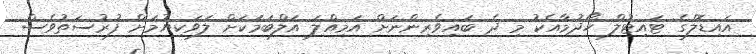
އައިޑޮލްގެ ޓައިޓުލް ހޯދުމާއެކު މި ދެ ބައިވެރިންނަށް އަމިއްލަ އަލްބަމަކަށް ލަވަކިޔުމަށް ފުރުސަތުވެސް